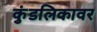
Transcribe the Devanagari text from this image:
कुंडलिकावर